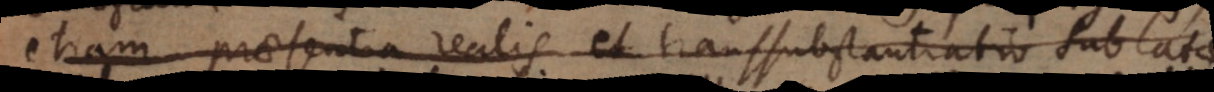
etiam praesentia realis et transsubstantiatio sublatae